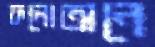
ফলোঅনে